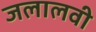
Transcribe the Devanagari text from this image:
जलालवी